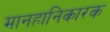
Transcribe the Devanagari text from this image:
मानहानिकारक